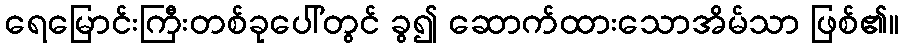
ရေမြောင်းကြီးတစ်ခုပေါ်တွင် ခွ၍ ဆောက်ထားသောအိမ်သာ ဖြစ်၏။